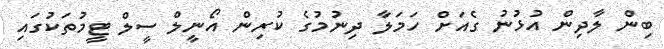
ބިން ލާދިން އުޅުނު ގެއަށް ހަމަލާ ދިނުމުގެ ކުރިން އޯނީލް ސީލް ޓީމުތަކުގައި